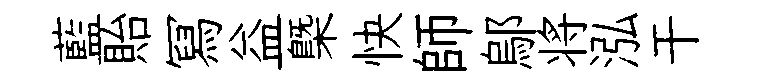
藍貽冩益㮣快師鄔将泓干